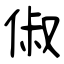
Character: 俶